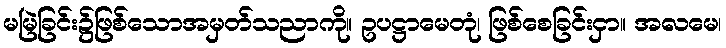
မမြဲခြင်း၌ဖြစ်သောအမှတ်သညာကို။ ဥပဋ္ဌာမေတုံ၊ ဖြစ်စေခြင်းငှာ။ အလမေ၊